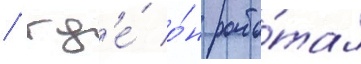
/ гд'е́ о́н рабо́тал